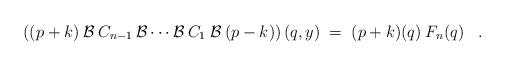
LaTeX: \begin{align*}\left( (p+k)\:{\cal{B}}\:C_{n-1}\:{\cal{B}} \cdots {\cal{B}}\:C_1\:{\cal{B}}\:(p-k) \right)(q,y) \;=\;(p+k)(q) \:F_n(q) \;\;\; . \end{align*}